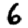
Digit: 6